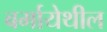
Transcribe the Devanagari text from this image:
बर्मायेथील